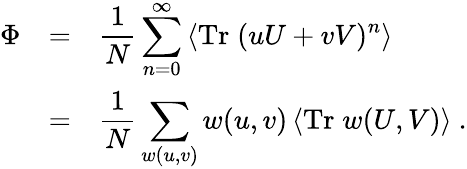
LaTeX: \begin{array}{rcl}{{\Phi}}&{{=}}&{{\displaystyle\frac{1}{N}\sum_{n=0}^{\infty}\left\langle\mathrm{Tr}\; (uU+vV)^{n}\right\rangle}}\\ {{}}&{{=}}&{{\displaystyle\frac{1}{N}\sum_{w(u,v)}w(u,v)\left\langle\mathrm{Tr}\; w(U,V)\right\rangle\ .}}\end{array}